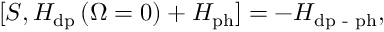
[ S , H _ { \mathrm { d p } } \left( \Omega = 0 \right) + H _ { \mathrm { p h } } ] = - H _ { \mathrm { d p } \textrm { - } \mathrm { p h } } ,